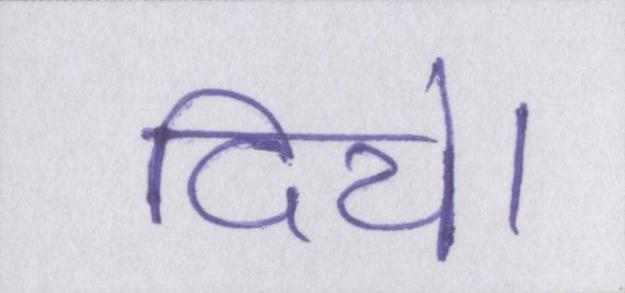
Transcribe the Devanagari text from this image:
दिये।